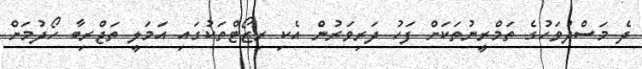
ދެ މަސްދުވަހުގެ ތަމްރީނުތަކަށް ފަހު ދަރިވަރުން އެކި ރިޒޯޓްތަކުގައި އަމަލީ ތަޖްރިބާ ހޯދުމަށް